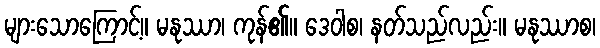
များသောကြောင့်။ မနုဿာ၊ ကုန်၏။ ဒေဝါစ၊ နတ်သည်လည်း။ မနုဿာစ၊